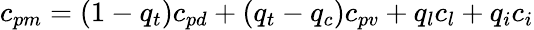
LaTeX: c_{pm}=(1-q_{t})c_{pd}+(q_{t}-q_{c})c_{pv}+q_{l}c_{l}+q_{i}c_{i}